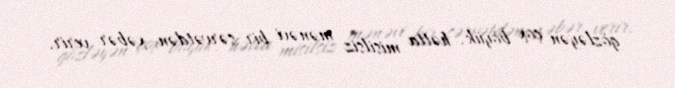
gözləyən çox böyük, hətta misilsiz mənəvi bir sərvətdən xəbər verir.